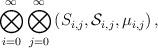
LaTeX: \begin{align*}\bigotimes_{i = 0}^\infty \bigotimes_{j= 0}^\infty \left(S_{i,j},\mathcal{S}_{i,j},\mu_{i,j}\right),\end{align*}